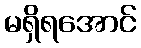
မရှိရအောင်